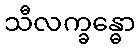
သီလက္ခန္ဓော